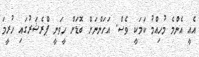
އެއީ އެންމެ މުހިއްމު ކަމަކީ ވެސް. އަހަންނަށް ބޮޑަށް ހީވަނީ ޕްރެޝަރުގައި ހުރީމަ